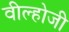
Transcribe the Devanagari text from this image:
वील्होजी